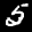
Label: 5